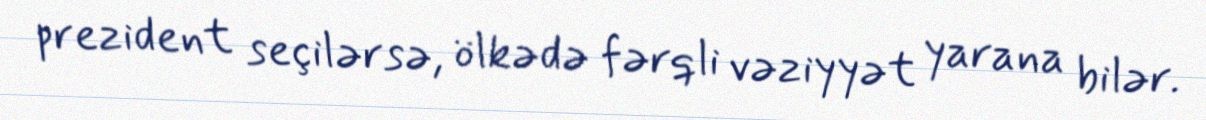
prezident seçilərsə, ölkədə fərqli vəziyyət yarana bilər.